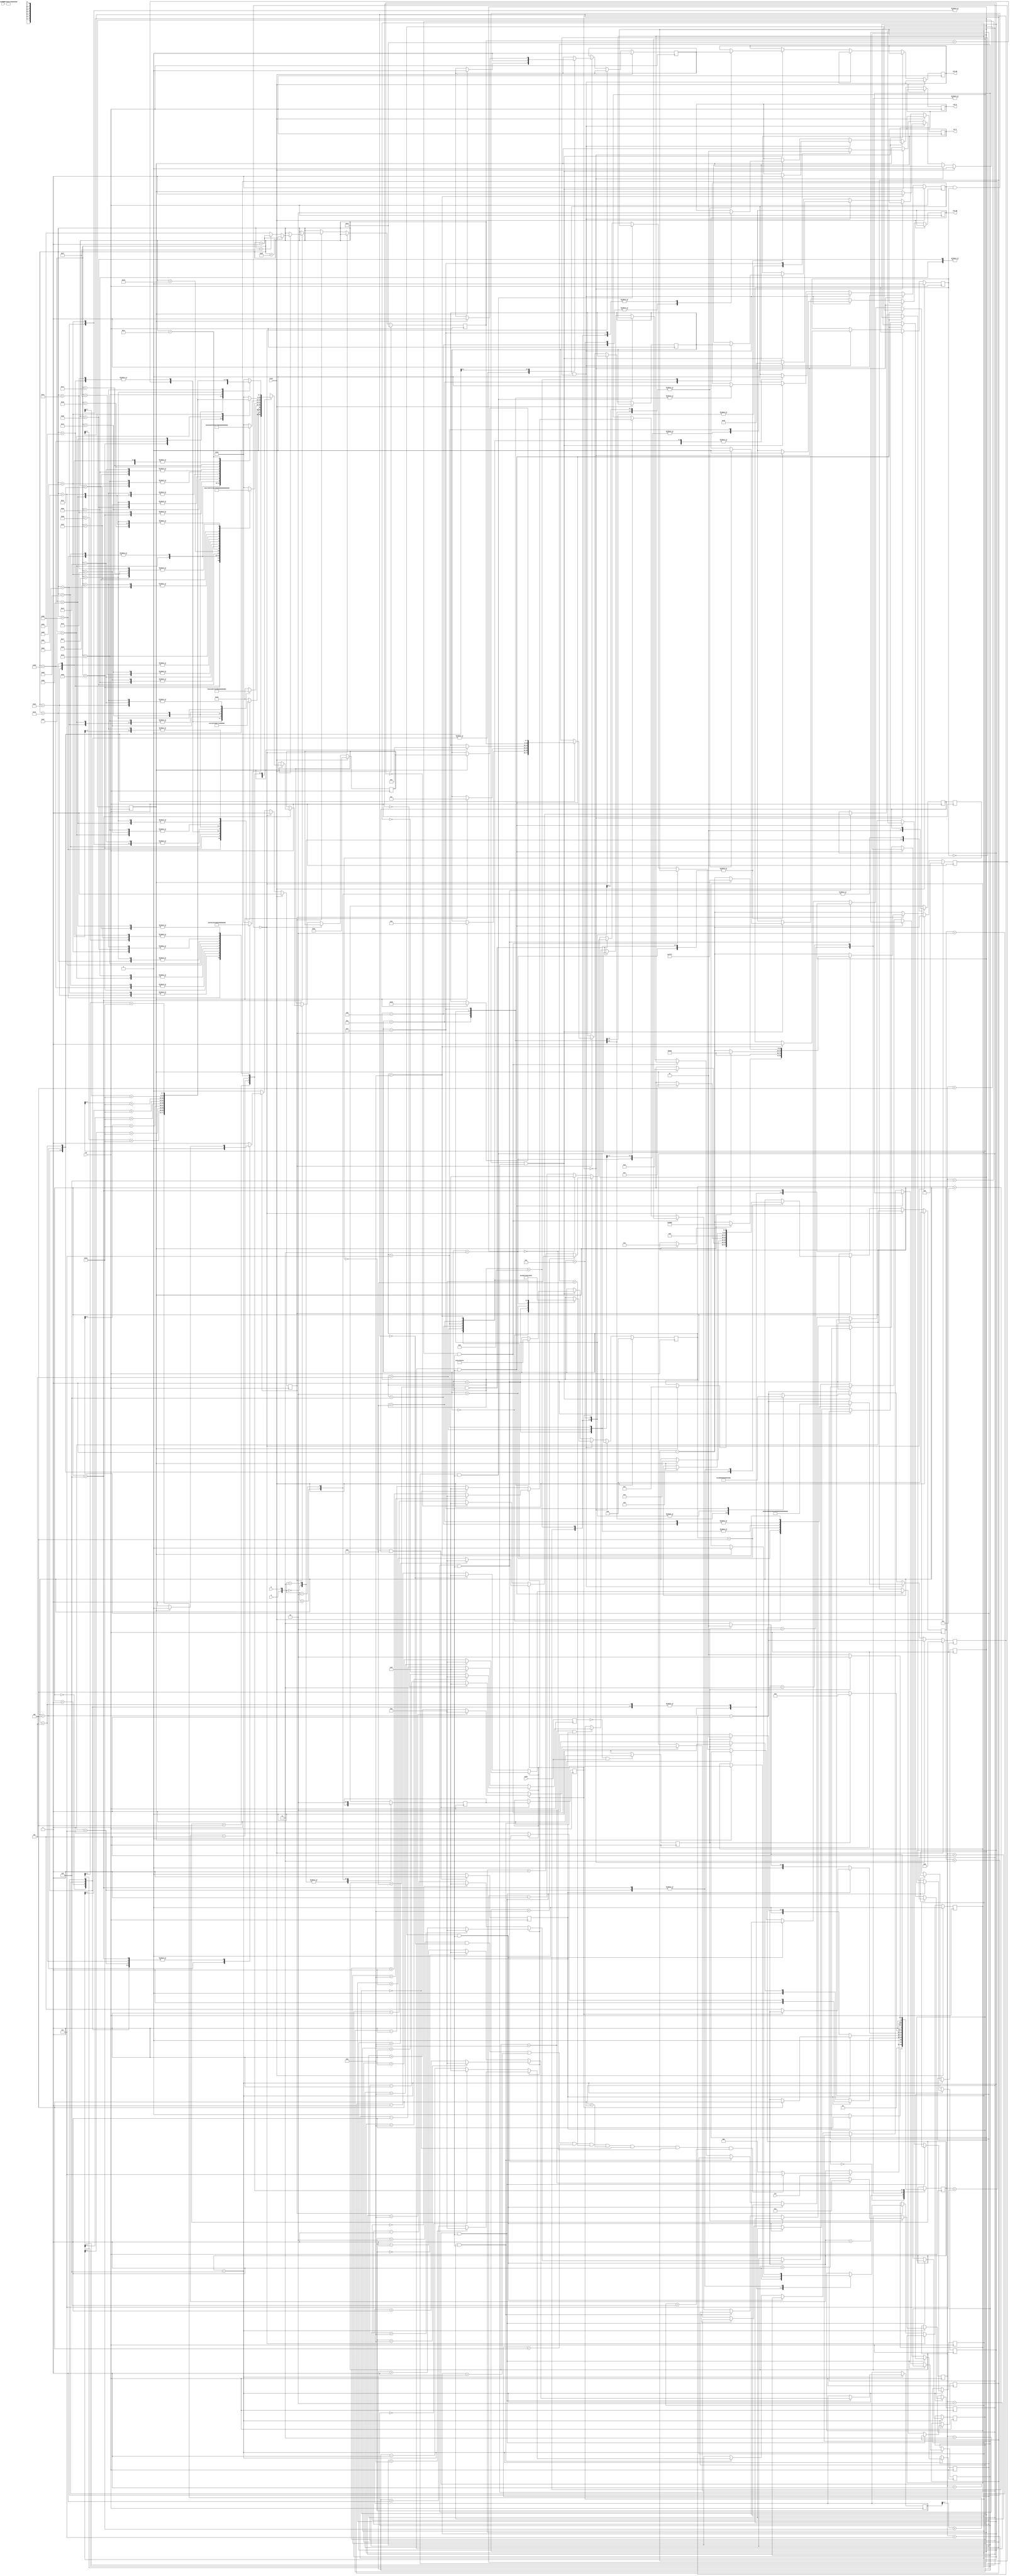
`timescale 1ns / 1ps
//////////////////////////////////////////////////////////////////////////////////
// Company: 
// Engineer: 
// 
// Design Name: 
// Module Name:    lcd 
// Project Name: 
// Target Devices: 
// Tool versions: 
// Description: 
//
// Dependencies: 
//
// Revision: 
// Revision 0.01 - File Created
// Additional Comments: 
//
//////////////////////////////////////////////////////////////////////////////////
module lcd( clk,a,b,st1,push,LCD_E,reset,rst2, LCD_RS, LCD_RW, SF_D);
	 
	input clk,reset,rst2,a,b,push,st1;
    output reg LCD_E;//0---1--
    output reg LCD_RS;//0---1----
    output reg LCD_RW;// 0--- 1---
    output  [11:8] SF_D;//
 //switch_110  switch_2 1: switch_3 1:
	 
	 
	 
	 reg [3:0]sf_d;
	 assign SF_D = sf_d;
	 
	 reg [7:0]dataTran;
	 reg inited;//
	 reg dataIn;//
	 reg cmd_data;//
	 reg dataTranDone;//
	 reg dataState;//???

	 reg state_change;
	 reg [20:0]cnt;
	 
	 reg [5:0]dspState;
	 reg dspState_change;
	 reg [24:0]dsp_cnt;
	 
	 reg[2:0] zhuangtai;
	 reg push1,pushen;
	 reg[8:0] num,hao1,hao2,hao3,hao4,hao5,hao6,hao7,hao8,hao9;
	 reg[7:0] xue1,xue2,xue3,xue4,xue5,xue6,xue7,xue8,xue9;
	 reg qa,qb,qa_dly,rot_event,rot_left;
	 reg[31:0] i;
	 parameter dspStateA = 6'd0;
	 parameter dspStateB = 6'd1;
	 parameter dspStateC = 6'd2;
	 parameter dspStateD = 6'd3;
	 parameter dspStateE = 6'd4;
	 parameter dspStateF = 6'd5;
	 parameter dspStateG = 6'd6;
	 parameter dspStateD1 = 6'd7;
	 
	 reg [7:0]address;//
	 reg [7:0]dataWrite;//
	 
	 initial begin
		dsp_cnt <= 25'd0;
		dspState_change <= 1'b1;
		dspState <= dspStateA;
		zhuangtai<=3'd0;
		i<=32'd0;
		num=1;
		hao1=0;
		hao2=0;
		hao3=0;
		hao4=0;
		hao5=0;
		hao6=0;
		hao7=0;
		hao8=0;
		hao9=0;
	 end 
always @(posedge clk)
    if(i<=32'd99999999)
       i<=32'd0;
    else
       i<=i+1;	
	 
always @(posedge clk)		//latch io signal into registers
begin

case ({a,b})
	2'b00:
		begin
			qa <= 0;
			qb <= qb;
		end
	2'b11:
		begin
			qa <= 1;
			qb <= qb;
		end
	2'b01:
		begin
			qa <= qa;
			qb <= 1;
		end
	2'b10:
		begin
			qa <= qa;
			qb <= 0;
		end
	default:
		begin
			qa <= qa;
			qb <= qb;
		end
endcase

end
always @(posedge clk)
	begin
	push1 <= push;			//non-blocking, take effect next cycle
	if ((push1== 0) && (push == 1))		//rising edge
		begin
			pushen = 1; 
		end
	else
		begin
			pushen = 0; 
		end
	end	
	  


always @(posedge clk)		//detect rising edge on A line
	begin
	qa_dly <= qa;			//non-blocking, take effect next cycle
	if ((qa_dly == 0) && (qa == 1))		//rising edge
		begin
			rot_event = 1; 
			rot_left = qb;		//qb ==1 means rot left, see figure on p8
		end
	else
		begin
			rot_event = 0; 
			rot_left = rot_left;
		end
	end	
always@(posedge clk)
	 begin
		case(zhuangtai)
			4'd0:begin
					if(rot_event)begin
						zhuangtai<=4'd1;
						end
					else
					  zhuangtai<=4'd0;
				 end
			4'd1:begin
					if(rot_event)begin
					   if(rot_left)
						  zhuangtai <= 4'd2;
					   else 
						  zhuangtai <= 4'd3;
						  end
					else if(pushen)
					     zhuangtai<=4'd0;
				   else
					  zhuangtai<=4'd1;
				end
			4'd2:begin
					if(rot_event)begin
						if(rot_left)
							zhuangtai<=4'd4;
						end
					else if(pushen)
							zhuangtai<=4'd1;
					else
					  zhuangtai<=4'd2;
				end
			4'd3:begin
					if(rot_event)begin
						if(!rot_left)
							zhuangtai<=4'd5;
						end
					else if(pushen)
							zhuangtai<=4'd1;
					else
					  zhuangtai<=4'd3;
				end
			4'd4:begin
			        if(pushen)
						zhuangtai<=4'd2;
					  else
					  zhuangtai<=4'd4;
				end
			4'd5:begin
					if(pushen)
					   zhuangtai<=4'd6;
					else
					  zhuangtai<=4'd5;
				end
			4'd6:begin
			     begin
			     if(num==1 && rot_event==1)
				   begin
				    if(rot_left)begin
					    if(hao1==9)
                    hao1<=4'd0;
						 else
						  hao1<=hao1+1;
						 end
                else	
					   begin
						 if(hao1==0)
                    hao1<=4'd9;
						 else
						  hao1<=hao1-1;
						 end
					end
				  else if(num==2 && rot_event==1)
				   begin
				    if(rot_left)begin
					    if(hao2==9)
                    hao2<=4'd0;
						 else
						  hao2<=hao2+1;
						 end
                else	
					   begin
						 if(hao2==0)
                    hao2<=4'd9;
						 else
						  hao2<=hao2-1;
						 end
					end
				  else if(num==3 && rot_event==1)
				   begin
				    if(rot_left)begin
					    if(hao3==9)
                    hao3<=4'd0;
						 else
						  hao3<=hao3+1;
						 end
                else	
					   begin
						 if(hao3==0)
                    hao3<=4'd9;
						 else
						  hao3<=hao3-1;
						 end
					end
				  else if(num==4 && rot_event==1)
				   begin
				    if(rot_left)begin
					    if(hao4==9)
                    hao4<=4'd0;
						 else
						  hao4<=hao4+1;
						 end
                else	
					   begin
						 if(hao4==0)
                    hao4<=4'd9;
						 else
						  hao4<=hao4-1;
						 end
					end
				  else if(num==5 && rot_event==1)
				   begin
				    if(rot_left)begin
					    if(hao5==9)
                    hao5<=4'd0;
						 else
						  hao5<=hao5+1;
						 end
                else	
					   begin
						 if(hao5==0)
                    hao5<=4'd9;
						 else
						  hao5<=hao5-1;
						 end
					end
				  else if(num==6 && rot_event==1)
				   begin
				    if(rot_left)begin
					    if(hao6==9)
                    hao6<=4'd0;
						 else
						  hao6<=hao6+1;
						 end
                else	
					   begin
						 if(hao6==0)
                    hao6<=4'd9;
						 else
						  hao6<=hao6-1;
						 end
					end
				  else if(num==7 && rot_event==1)
				   begin
				    if(rot_left)begin
					    if(hao7==9)
                    hao7<=4'd0;
						 else
						  hao7<=hao7+1;
						 end
                else	
					   begin
						 if(hao7==0)
                    hao7<=4'd9;
						 else
						  hao7<=hao7-1;
						 end
					end
				  else if(num==8 && rot_event==1)
				   begin
				    if(rot_left)begin
					    if(hao8==9)
                    hao8<=4'd0;
						 else
						  hao8<=hao8+1;
						 end
                else	
					   begin
						 if(hao8==0)
                    hao8<=4'd9;
						 else
						  hao8<=hao8-1;
						 end
					end
				else if(num==9 && rot_event==1)
				   begin
				    if(rot_left)begin
					    if(hao9==9)
                    hao9<=4'd0;
						 else
						  hao9<=hao9+1;
						 end
                else	
					   begin
						 if(hao9==0)
                    hao9<=4'd9;
						 else
						  hao9<=hao9-1;
						 end
					end
				end
				begin	
				if(pushen)
				   begin
				    if(num==9)
					    num<=4'd1;
					 else
					    num<=num+1;
					end
				end
			   begin
			    if(st1)
			    begin
				   if(hao1==2 && hao2==0 && hao3==1 && hao4==4 && hao5==8 && hao6==4 && hao7==0 && hao8==0 && hao9==6)
					   zhuangtai<=4'd7;
					else
					   zhuangtai<=4'd8;
			    end
				end
         end
       4'd7:begin
		       if(pushen)
				   zhuangtai<=4'd5;
				 else
				   zhuangtai<=4'd7;
				end
		 4'd8:
		   begin
			    if(pushen)
				   zhuangtai<=4'd5;
				 else
				   zhuangtai<=4'd8;
			end
         		 
		endcase
	end
/*task ascll(acll_in,ascll_out);
input[3:0]ascll_in;
output[7:0]ascll_out;
		begin
			case(ascll_in)
			4'b0000: ascll_out=8'b00110000;
			4'b0001: ascll_out=8'b00110001;
			4'b0010: ascll_out=8'b00110010;
			4'b0011: ascll_out=8'b00110011;
			4'b0100: ascll_out=8'b00110100;
			4'b0101: ascll_out=8'b00110101;
			4'b0110: ascll_out=8'b00110110;
			4'b0111: ascll_out=8'b00110111;
			4'b1000: ascll_out=8'b00111000;
			4'b1001: ascll_out=8'b00111001;
			default: ascll_out=8'b0010000;
			endcase
		end
endtask
always@(posedge clk)
     begin
			   ascll(hao1,xue1);
				ascll(hao2,xue1);
				ascll(hao3,xue3);
				ascll(hao4,xue4);
				ascll(hao5,xue5);
				ascll(hao6,xue6);
				ascll(hao7,xue7);
				ascll(hao8,xue8);
				ascll(hao9,xue9);
				ascll(hao10,xue10);
			end	*/
always@(posedge clk)begin
		dsp_cnt <= dsp_cnt-1;
		if(reset)begin                       //reset
			cmd_data <= 1'b0;//??
			dspState <= dspStateA;
			dspState_change <= 1'b1;
			dsp_cnt <= 25'd0;
			dataIn <= 1'b0;
			address<=8'hc0; //address <= (8'h00|8'h80);//
			dataWrite <= 8'h41;//A
		end
		else if(dsp_cnt==0)dspState_change <=1'b1;
		else if(dspState_change) begin//
			case(dspState) 
				dspStateA:begin
								if(dataTranDone)begin
								dataIn <= 1'b1;//  
								cmd_data <= 0;//
								dataTran <= 8'h28;//0x28
								dspState <= dspStateB;
								dspState_change <=1'b0;
								dsp_cnt <= 25'd2120;
								//$display($time," dspStateA! dataTranDone=%b",dataTranDone);
								end
							end
				dspStateB:begin
								if(dataTranDone)begin
									dataIn <= 1'b1;
									cmd_data <= 1'b0;
									dataTran <= 8'h06;
									dspState_change <=1'b0;
									dspState <= dspStateC;
									dsp_cnt <= 25'd2120;
									//$display($time," dspStateB! dataTranDone=%b",dataTranDone);
								end
							end
				dspStateC:begin
								if(dataTranDone)begin
									dataIn <=1'b1;
									cmd_data <=1'b0;
									dataTran <= 8'h0c;
									dspState_change <= 1'b0;
									dspState <= dspStateD;
									dsp_cnt <= 25'd2120;
									//$display($time," dspStateC! dataTranDone=%b",dataTranDone);
								end
							end
				dspStateD:begin
								if(dataTranDone)begin
									dataIn <= 1'b1;
									dsp_cnt <= 25'd2120; 
									dspState_change <=1'b0;
									cmd_data <= 1'b0;
									dataTran <= 8'h01;//
									dspState <= dspStateD1;
									//$display($time," dspStateD! dataTranDone=%b",dataTranDone);
								end
							end
				dspStateD1:begin
								if(dataTranDone)begin
									dataIn <= 1'b0;
									dspState_change <= 1'b0;
									dsp_cnt <= 25'd8200;//dsp_cnt <= 25'd82000;//1.64ms
									dspState <= dspStateE;
									//$display($time," dspStateD1! dataTranDone=%b",dataTranDone);
								end
							end
				dspStateE:begin
							//	if(dataTranDone)begin//
									dataTran <= address;
									dataIn <= 1'b1;
									cmd_data <=1'b0;
									dspState_change <= 1'b0;
									dspState <= dspStateF;
									dsp_cnt <= 25'd2120;
									//$display($time," dspStateE! dataTranDone=%b",dataTranDone);
							//	end
							end
				dspStateF:begin
								if(dataTranDone)begin
									dataIn <= 1'b1;
									cmd_data <= 1'b1;//
									dataTran <= dataWrite;//
									dspState <= dspStateG;
									dspState_change <= 1'b0;
									dsp_cnt <= 25'd2120;
							   	//$display($time," dspStateF! dataTranDone=%b",dataTranDone);
								end
							end
				dspStateG:begin
								if(dataTranDone)begin
									dataIn <= 1'b0;//
									dsp_cnt <= 25'h0_00ff_ff;//
									dspState_change <= 1'b0;
									dspState <= dspStateE;
									
									if(address < (8'h8f) ) address <= address+1;
									else 	
									begin
									address<=8'hc0;
									if(address < (8'hcf) ) address <= address+1;
									else
									address<=8'h80;
									end
									
									//
								//	if(dataWrite < (8'h5a))	dataWrite <= dataWrite+1;//A---Z
								//	else dataWrite <= 8'h41;  //A---Z
									//$display($time," dspStateG! dataTranDone=%b",dataTranDone);
									case(zhuangtai)	
									    4'd0:begin
										    case(address)
											8'h80:dataWrite<=8'b01010111;    //w
											8'h81:dataWrite<=8'b01100101;    //e
											8'h82:dataWrite<=8'b01101100;    //l
											8'h83:dataWrite<=8'b01101100;    //l
											8'h84:dataWrite<=8'b01000011;    //c
											8'h85:dataWrite<=8'b01001111;    //o
											8'h86:dataWrite<=8'b01001101;	 //m
											8'h87:dataWrite<=8'b10100000;    //
											8'h88:dataWrite<=8'b01110100;    //t
											8'h89:dataWrite<=8'b01001111;    //o
											8'h8a:dataWrite<=8'b10100000;    //
											8'h8b:dataWrite<=8'b01110100;    //t
											8'h8c:dataWrite<=8'b01101000;    //h
											8'h8d:dataWrite<=8'b01100101;    //e
											
											8'hc5:dataWrite<=8'b01110011;    //s
											8'hc6:dataWrite<=8'b01111001;    //y
											8'hc7:dataWrite<=8'b01110011;    //s
											8'hc8:dataWrite<=8'b01110100;    //t
											8'hc9:dataWrite<=8'b01100101;    //e
											8'hca:dataWrite<=8'b01001101;	 //m
											
											default:dataWrite<=8'b0010000;
											endcase
										end
										4'd1:begin
											case(address)
											8'h80:dataWrite<=8'b00110001;    //1
											8'h81:dataWrite<=8'b00101110;    //.
											8'h82:dataWrite<=8'b01100101;    //e
											8'h83:dataWrite<=8'b01101110;    //n
											8'h84:dataWrite<=8'b01110100;    //t
											8'h85:dataWrite<=8'b01100101;    //e
											8'h86:dataWrite<=8'b01110010;    //r
											8'h87:dataWrite<=8'b01101001;    //i
											8'h88:dataWrite<=8'b01101110;    //n
											8'h89:dataWrite<=8'b01100111;    //g
											
											8'hc0:dataWrite<=8'b00110010;    //2
											8'hc1:dataWrite<=8'b00101110;    //.
											8'hc2:dataWrite<=8'b01101001;    //i
											8'hc3:dataWrite<=8'b01101110;    //n
											8'hc4:dataWrite<=8'b01110001;    //q
											8'hc5:dataWrite<=8'b01110101;    //u
											8'hc6:dataWrite<=8'b01101001;    //i
											8'hc7:dataWrite<=8'b01110010;    //r
											8'hc8:dataWrite<=8'b01100101;    //e
										
											default:dataWrite<=8'b0010000;
											endcase
										end
										4'd2:begin
											case(address)
											8'h80:dataWrite<=8'b00110001;    //1
											8'h81:dataWrite<=8'b00101110;    //.
											8'h82:dataWrite<=8'b01110100;    //t
											8'h83:dataWrite<=8'b01100101;    //e
											8'h84:dataWrite<=8'b01100001;    //a
											8'h85:dataWrite<=8'b01000011;    //c
											8'h86:dataWrite<=8'b01101000;    //h
											8'h87:dataWrite<=8'b01100101;    //e
											8'h88:dataWrite<=8'b01110010;    //r
											
											8'hc0:dataWrite<=8'b00110010;    //2
											8'hc1:dataWrite<=8'b00101110;    //.
											8'hc2:dataWrite<=8'b01110011;    //s
											8'hc3:dataWrite<=8'b01110100;    //t
											8'hc4:dataWrite<=8'b01110101;    //u
											8'hc5:dataWrite<=8'b01100100;    //d
											8'hc6:dataWrite<=8'b01100101;    //e
											8'hc7:dataWrite<=8'b01101110;    //n
											8'hc8:dataWrite<=8'b01110100;    //t
										
											default:dataWrite<=8'b0010000;
											endcase
										end 
										4'd3:begin
											case(address)
											8'h80:dataWrite<=8'b00110001;    //1
											8'h81:dataWrite<=8'b00101110;    //.
											8'h82:dataWrite<=8'b01110100;    //t
											8'h83:dataWrite<=8'b01100101;    //e
											8'h84:dataWrite<=8'b01100001;    //a
											8'h85:dataWrite<=8'b01000011;    //c
											8'h86:dataWrite<=8'b01101000;    //h
											8'h87:dataWrite<=8'b01100101;    //e
											8'h88:dataWrite<=8'b01110010;    //r
											
											8'hc0:dataWrite<=8'b00110010;    //2
											8'hc1:dataWrite<=8'b00101110;    //.
											8'hc2:dataWrite<=8'b01110011;    //s
											8'hc3:dataWrite<=8'b01110100;    //t
											8'hc4:dataWrite<=8'b01110101;    //u
											8'hc5:dataWrite<=8'b01100100;    //d
											8'hc6:dataWrite<=8'b01100101;    //e
											8'hc7:dataWrite<=8'b01101110;    //n
											8'hc8:dataWrite<=8'b01110100;    //t
										
											default:dataWrite<=8'b0010000;
											endcase
										end
										4'd4:begin
											case(address)
											8'h80:dataWrite<=8'b01110000;    //p
											8'h81:dataWrite<=8'b01101100;    //l
											8'h82:dataWrite<=8'b01100101;    //e
											8'h83:dataWrite<=8'b01100001;    //a
											8'h84:dataWrite<=8'b01110011;    //s
											8'h85:dataWrite<=8'b01100101;    //e
											8'h86:dataWrite<=8'b10100000;    //
											8'h87:dataWrite<=8'b01101001;    //i
											8'h88:dataWrite<=8'b01101110;    //n
											8'h89:dataWrite<=8'b01110000;    //p
											8'h8a:dataWrite<=8'b01110101;    //u
											8'h8b:dataWrite<=8'b01110100;    //t
											8'h8c:dataWrite<=8'b10100000;    //
											8'hcd:dataWrite<=8'b01101010;    //j
											8'hce:dataWrite<=8'b01101111;    //o
											8'hcf:dataWrite<=8'b01100010;    //b

											8'hc1:dataWrite<=8'b01101110;    //n
											8'hc2:dataWrite<=8'b01110101;    //u
											8'hc3:dataWrite<=8'b01101101;    //m
											8'hc4:dataWrite<=8'b01100010;    //b
											8'hc5:dataWrite<=8'b01100101;    //e
											8'hc6:dataWrite<=8'b01110010;    //r
											8'hc7:dataWrite<=8'b10100000;    //
											8'hc8:dataWrite<=8'b01100001;    //a
											8'hc9:dataWrite<=8'b01101110;    //n
											8'hca:dataWrite<=8'b01100100;    //d
											8'hcb:dataWrite<=8'b10100000;    //
											8'hcc:dataWrite<=8'b01101110;    //n
											8'hcd:dataWrite<=8'b01100101;    //a
											8'hce:dataWrite<=8'b01101101;    //m
											8'hcf:dataWrite<=8'b01100101;    //e

											default:dataWrite<=8'b0010000;
											endcase
										end
										4'd5:begin
											case(address)
											8'h80:dataWrite<=8'b01110000;    //p
											8'h81:dataWrite<=8'b01101100;    //l
											8'h82:dataWrite<=8'b01100101;    //e
											8'h83:dataWrite<=8'b01100001;    //a
											8'h84:dataWrite<=8'b01110011;    //s
											8'h85:dataWrite<=8'b01100101;    //e
											8'h86:dataWrite<=8'b10100000;    //
											8'h87:dataWrite<=8'b01101001;    //i
											8'h88:dataWrite<=8'b01101110;    //n
											8'h89:dataWrite<=8'b01110000;    //p
											8'h8a:dataWrite<=8'b01110101;    //u
											8'h8b:dataWrite<=8'b01110100;    //t
											8'h8c:dataWrite<=8'b10100000;    //

											8'hc1:dataWrite<=8'b01110011;    //s
											8'hc2:dataWrite<=8'b01110100;    //t
											8'hc3:dataWrite<=8'b01110101;    //u
											8'hc4:dataWrite<=8'b01100100;    //d
											8'hc5:dataWrite<=8'b01100101;    //e
											8'hc6:dataWrite<=8'b01101110;    //n
											8'hc7:dataWrite<=8'b01110100;    //t
											8'hc8:dataWrite<=8'b10100000;    //
											8'hc9:dataWrite<=8'b01101110;    //n
											8'hca:dataWrite<=8'b01110101;    //u
											8'hcb:dataWrite<=8'b01101101;    //m
											8'hcc:dataWrite<=8'b01100010;    //b
											8'hcd:dataWrite<=8'b01100101;    //e
											8'hce:dataWrite<=8'b01110010;    //r

											default:dataWrite<=8'b0010000;
											endcase
										end
										4'd6:begin
										   case(address)
											8'h80:dataWrite<=hao1+8'b00110000;   
											8'h81:dataWrite<=hao2+8'b00110000;   
											8'h82:dataWrite<=hao3+8'b00110000;    
											8'h83:dataWrite<=hao4+8'b00110000;    
											8'h84:dataWrite<=hao5+8'b00110000;    
											8'h85:dataWrite<=hao6+8'b00110000;    
											8'h86:dataWrite<=hao7+8'b00110000;    
											8'h87:dataWrite<=hao8+8'b00110000;    
											8'h88:dataWrite<=hao9+8'b00110000;    
											
											default:dataWrite<=8'b0010000;
											endcase
										end
										4'd7:begin
											case(address)
											8'h80:dataWrite<=8'b01010111;    //w
											8'h81:dataWrite<=8'b01100101;    //e
											8'h82:dataWrite<=8'b01101001;    //i
											8'h83:dataWrite<=8'b10100000;    //
											8'h84:dataWrite<=8'b01110011;    //z
											8'h85:dataWrite<=8'b01101000;    //h
											8'h86:dataWrite<=8'b01100001;    //a
											8'h87:dataWrite<=8'b01101111;    //o
											8'h88:dataWrite<=8'b10100000;    //
											8'h89:dataWrite<=8'b01000011;    //c
											8'h8a:dataWrite<=8'b01110101;    //h
											8'h8b:dataWrite<=8'b01110101;    //u
											8'h8c:dataWrite<=8'b01101110;    //n
											
											8'hc0:dataWrite<=hao1+8'b00110000;   
											8'hc1:dataWrite<=hao2+8'b00110000;   
											8'hc2:dataWrite<=hao3+8'b00110000;    
											8'hc3:dataWrite<=hao4+8'b00110000;    
											8'hc4:dataWrite<=hao5+8'b00110000;    
											8'hc5:dataWrite<=hao6+8'b00110000;    
											8'hc6:dataWrite<=hao7+8'b00110000;    
											8'hc7:dataWrite<=hao8+8'b00110000;    
											8'hc8:dataWrite<=hao9+8'b00110000;    
											
											default:dataWrite<=8'b0010000;
											endcase
										end
										4'd8:begin
											case(address)
											8'h80:dataWrite<=8'b01010111;    //f
											8'h81:dataWrite<=8'b01101111;    //o
											8'h82:dataWrite<=8'b01110101;    //u
											8'h83:dataWrite<=8'b01101110;    //n
											8'h84:dataWrite<=8'b01100100;    //d
											8'h85:dataWrite<=8'b10100000;    //
											8'h86:dataWrite<=8'b01101110;    //n
											8'h87:dataWrite<=8'b01101111;    //o
											8'h88:dataWrite<=8'b10100000;    //
											8'h89:dataWrite<=8'b01101111;    //o
											8'h8a:dataWrite<=8'b01101110;    //n
											8'h8b:dataWrite<=8'b01100101;    //e
											
											default:dataWrite<=8'b0010000;
											endcase
										end
			              endcase
						end
					end
				endcase
			end
		end
	 
	 parameter initStateA = 6'h0;
	 parameter initStateB = 6'h1;
	 parameter initStateC = 6'h2;
	 parameter initStateD = 6'h3;
	 parameter initStateE = 6'h4;
	 parameter initStateF = 6'h5;
	 parameter initStateG = 6'h6;
	 parameter initStateH = 6'h7;
	 parameter initStateI = 6'h8;
	 parameter initStateDone = 6'h9;
	 
	 parameter dataStateA = 6'd10;
	 parameter dataStateB = 6'd11;
	 parameter dataStateC = 6'd12;
	 parameter dataStateD = 6'd13;
	 parameter dataStateE = 6'd14;
	 parameter dataStateF = 6'd15;
	 
	 reg [5:0]state;

	 initial begin
		inited <= 0 ;
		state <= initStateA;
		dataState<=0; //
	 end

	 always@(posedge clk)begin//lcd??	 	cnt <= cnt-1;
		cnt <= cnt-1;
		if(reset)begin                       //reset
			inited <= 0;
			state_change <= 1;
			cnt <= 0;
			state <= initStateA;
			dataState<=0;
			dataTranDone <=1'b0;
		end
	else if(cnt==0) state_change <= 1;
		else if(state_change&& !inited) begin
			case(state)
			initStateA:begin//15ms
					cnt <= 20'd750000; //cnt <= 20'd750000;
					state <= initStateB;
					state_change <= 0;//15ms
					//$display($time," initStateA!");
					//LCD_E <= 1'b1;/////////////////////////////////////////
					end
			initStateB:begin//SF_D<11:8>=0x3LCD_E12
					cnt <= 20'd12;
					LCD_E <= 1;
					LCD_RW <= 0;
					sf_d <= 4'h3;
					state <= initStateC;
					state_change <= 0;
					//$display($time," initStateB!");
					end
			initStateC:begin//4.1ms50MHz205000
					cnt <=20'd205000; //cnt <= 20'd205000;
					state <= initStateD;
					state_change <= 0;
					//$display($time," initStateC!");
					end
			initStateD:begin//SF_D<11:8>=0x3LCD_E12??					cnt <= 20'd12;
					LCD_E <= 1;
					LCD_RW <= 0;
					sf_d <= 4'h3;
					state <= initStateE;
					state_change <= 0;
					//$display($time," initStateD!");
					end
			initStateE:begin//100us50MHz5000
					cnt <=20'd5000; //cnt <= 20'd5000;
					state <= initStateF;
					state_change <= 0;
					//$display($time," initStateE!");
					end
			initStateF:begin//??SF_D<11:8>=0x3LCD_E12
					cnt <= 20'd12;
					LCD_E <= 1;
					LCD_RW <= 0;
					sf_d <= 4'h3;
					state <= initStateG;
					state_change <= 0;
					//$display($time," initStateF!");
					end
			initStateG:begin//40us50MHz2000??
					cnt <=20'd2000; //cnt <= 20'd2000;
					state <= initStateH;
					state_change <= 0;
					//$display($time," initStateG!");
					end
			initStateH:begin//SF_D<11:8>=0x2LCD_E12
					cnt <= 20'd12;
					LCD_E <= 1'b1;
					LCD_RW <= 1'b0;
					sf_d <= 4'h2;
					state <= initStateI;
					state_change <= 0;
					//$display($time," initStateH!");
					end
			initStateI:begin//40us??0MHz2000
					cnt <= 20'd2000; //cnt <= 20'd2000;
					state <= initStateDone;
					state_change <= 0;
					//$display($time," initStateI!");
					end
			initStateDone:begin
					inited <= 1;
					state <= dataStateA;
					state_change <= 1'b0;
					cnt <= 20'b1;
					dataTranDone <= 1'b1;
					//$display($time," initStateDone!");
					end
			endcase
		end
		else if(state_change && inited && dataIn)begin
			case(state)
				dataStateA:begin
							//$display($time," dataStateA_1! dataTranDone=%b",dataTranDone);
							dataTranDone <= 1'b0;//,							
							sf_d <= dataTran[7:4];//
							LCD_E <= 1'b0;
							LCD_RW <= 1'b0;
							LCD_RS <= cmd_data;
							cnt <= 20'd3;//40ns
							state <= dataStateB;
							state_change <=1'b0;
							//$display($time," dataStateA! dataTranDone=%b",dataTranDone); 
							end
				dataStateB:begin
							dataTranDone <= 1'b0;//	
							cnt <= 20'd12;//230ns
							LCD_E <= 1'b1;  
							LCD_RW <= 1'b0;
							LCD_RS <= cmd_data; 
							state <= dataStateC;
							state_change <= 1'b0;
							//$display($time," dataStateB! dataTranDone=%b",dataTranDone);
							end
				dataStateC:begin
							dataTranDone <= 1'b0;//							
							LCD_E <= 1'b0;
							cnt <= 20'd53;//1us
							state <= dataStateD;
							cnt <= 20'd1;
							state_change <= 1'b0;
							//$display($time," dataStateC! dataTranDone=%b",dataTranDone);
							end
				dataStateD:begin
							dataTranDone <= 1'b0;//	
							sf_d <= dataTran[3:0];//
							LCD_E <= 1'b0;
							LCD_RW <= 1'b0;
							LCD_RS <= cmd_data;
							cnt <= 20'd3;//40ns
							state <= dataStateE;
							state_change <=1'b0;
							cnt <= 20'b1;
							//$display($time," dataStateD! dataTranDone=%b",dataTranDone);
							end
				dataStateE:begin
							dataTranDone <= 1'b0;//	
							cnt <= 20'd12;//230ns
							LCD_E <= 1'b1;
							LCD_RW <= 1'b0;
							LCD_RS <= cmd_data;
							state <= dataStateF;
							state_change <= 1'b0;
							cnt <= 20'd1;
							//$display($time," dataStateE! dataTranDone=%b",dataTranDone);
							end
				dataStateF:begin
							LCD_E <= 1'b0;
			 				cnt <= 20'd2120;//40us
							state_change <= 1'b0;
							state <= dataStateA;
							dataTranDone <= 1'b1;//	
							//$display($time," dataStateF! dataTranDone=%b",dataTranDone);
							end
			endcase
		end
	 end

endmodule